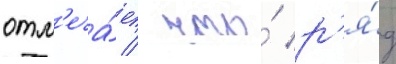
отм'еча́ет / что́ р'я́д